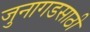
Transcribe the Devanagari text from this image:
जुनागडसाठी